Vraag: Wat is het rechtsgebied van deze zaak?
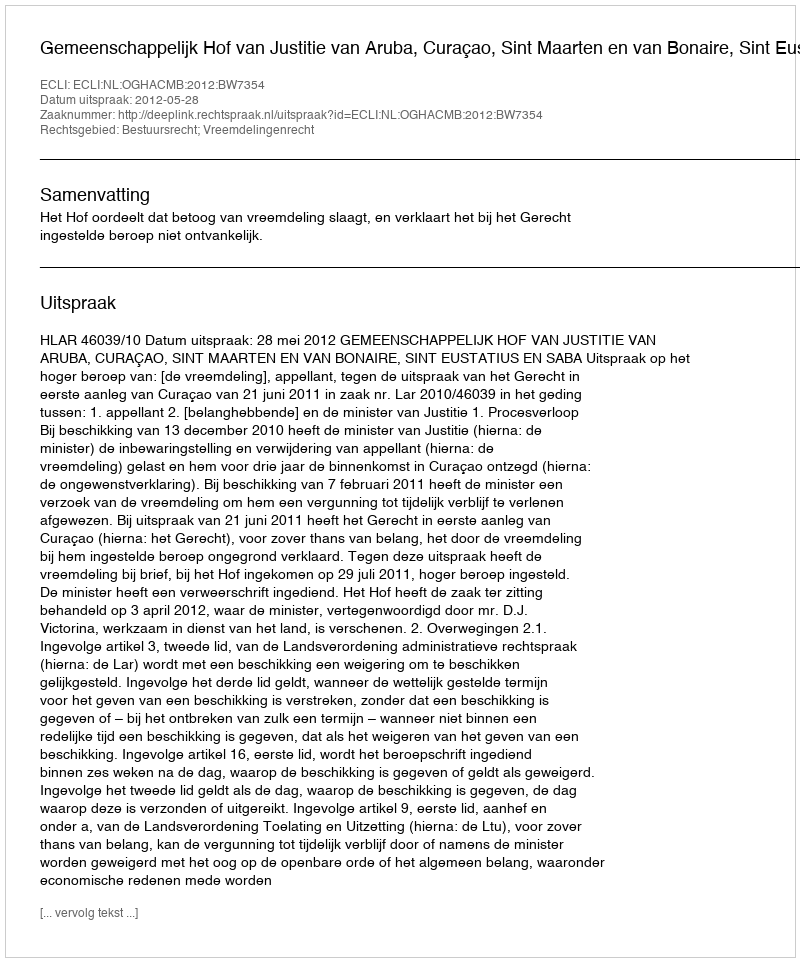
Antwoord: Bestuursrecht; Vreemdelingenrecht